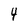
Character: 4